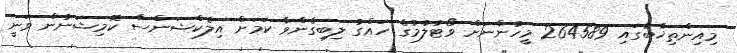
މިއިންތިޚާބުގައި 264589 މީހުންނަށް ވޯޓުލުމުގެ ހައްގު ލިބިގެންވާ ކަމަށް އިލެކްޝަންސް ކޮމިޝަނުން ވަނީ